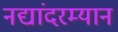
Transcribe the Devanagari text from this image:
नद्यांदरम्यान